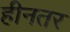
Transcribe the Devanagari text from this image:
हीनतर